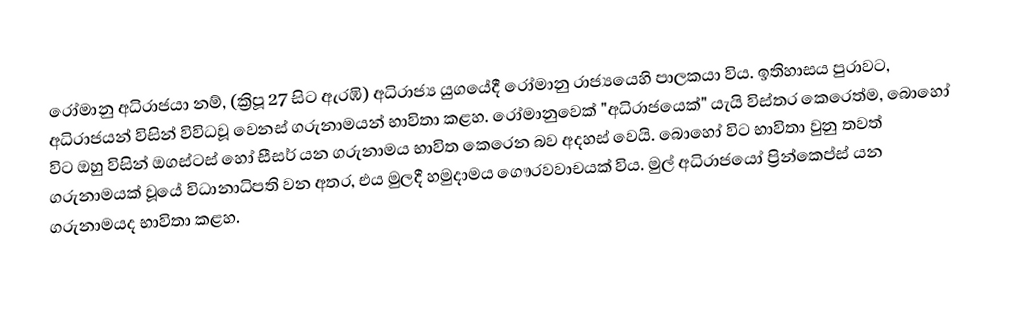
රෝමානු අධිරාජයා නම්,  (ක්‍රිපූ 27 සිට ඇරඹි)  අධිරාජ්‍ය යුගයේදී  රෝමානු රාජ්‍යයෙහි පාලකයා විය.  ඉතිහාසය පුරාවට,  අධිරාජයන් විසින් විවිධවූ වෙනස් ගරුනාමයන් භාවිතා කළහ. රෝමානුවෙක්  "අධිරාජයෙක්" යැයි විස්තර කෙරෙත්ම,  බොහෝ විට ඔහු විසින්  ඔගස්ටස් හෝ  සීසර් යන ගරුනාමය භාවිත කෙරෙන බව අදහස් වෙයි.  බොහෝ විට භාවිතා වුනු තවත් ගරුනාමයක් වූයේ විධානාධිපති වන අතර, එය මුලදී හමුදාමය ගෞරවවාචයක් විය. මුල් අධිරාජයෝ ප්‍රින්කෙප්ස් යන ගරුනාමයද භාවිතා කළහ.